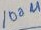
Text: 100u